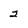
Character: 2